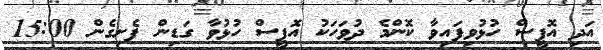
އަދި އޮފީސް ހުޅުވިފައިވާ ކޮންމެ ދުވަހަކު އޮފީސް ހުޅުވާ ގަޑިން ފެށިގެން 15:00